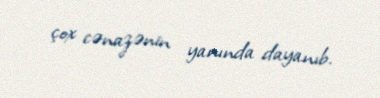
çox cənazənin yanında dayanıb.